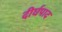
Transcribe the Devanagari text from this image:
दीर्घपाद